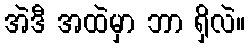
အဲဒီ အထဲမှာ ဘာ ရှိလဲ။